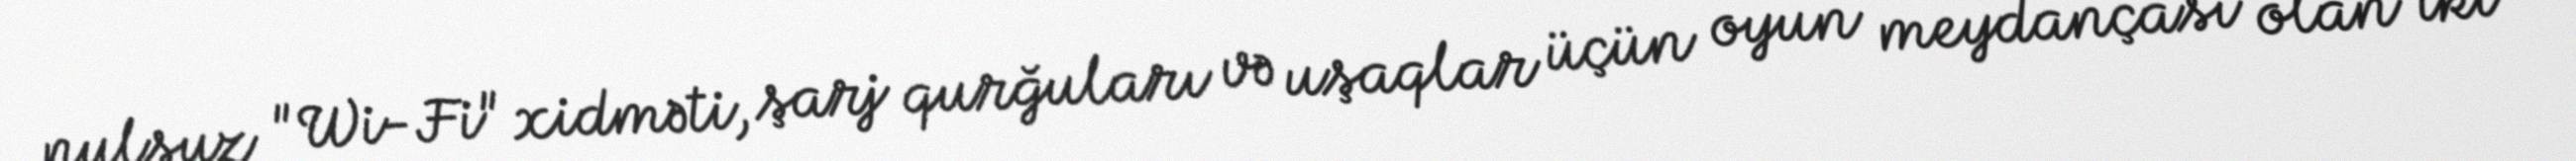
pulsuz "Wi-Fi" xidməti, şarj qurğuları və uşaqlar üçün oyun meydançası olan iki